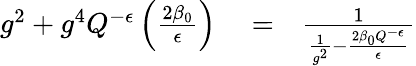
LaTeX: \begin{array}{rlr}{g^{2}+g^{4}Q^{-\epsilon}\left(\frac{2\beta_{0}}{\epsilon}\right)}&{{}=}&{{\frac{1}{{\frac{1}{g^{2}}}-{\frac{2\beta_{0}Q^{-\epsilon}}{\epsilon}}}}}\end{array}